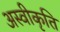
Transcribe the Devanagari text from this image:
अस्‍वीकृति